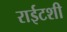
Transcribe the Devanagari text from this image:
राईटशी